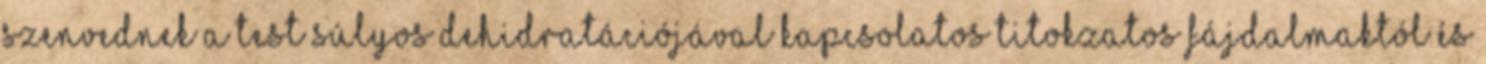
szenvednek a test súlyos dehidratációjával kapcsolatos titokzatos fájdalmaktól és